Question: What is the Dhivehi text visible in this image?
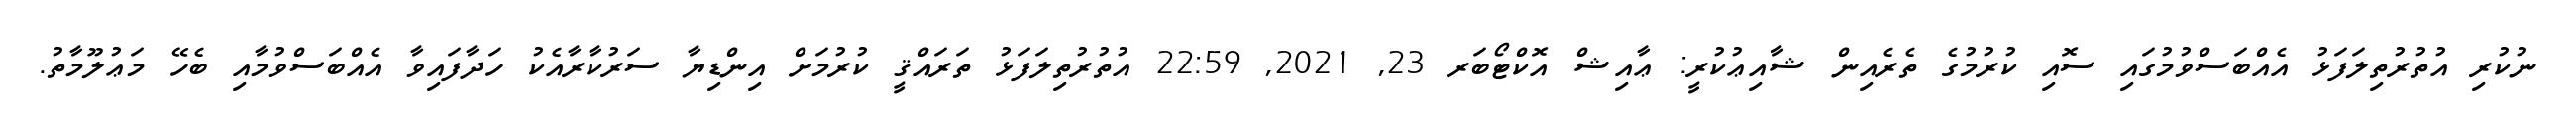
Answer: ނުކުރި އުތުރުތިލަފަޅު އެއްބަސްވުމުގައި ސޮއި ކުރުމުގެ ތެރެއިން ޝާއިޢުކުރީ: ޢާއިޝް އޮކްޓޯބަރ 23, 2021, 22:59 އުތުރުތިލަފަޅު ތަރައްޤީ ކުރުމަށް އިންޑިޔާ ސަރުކާރާއެކު ހަދާފައިވާ އެއްބަސްވުމާއި ބެހޭ މަޢުލޫމާތު.